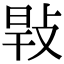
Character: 㪋